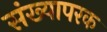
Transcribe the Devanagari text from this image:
संख्यापरक